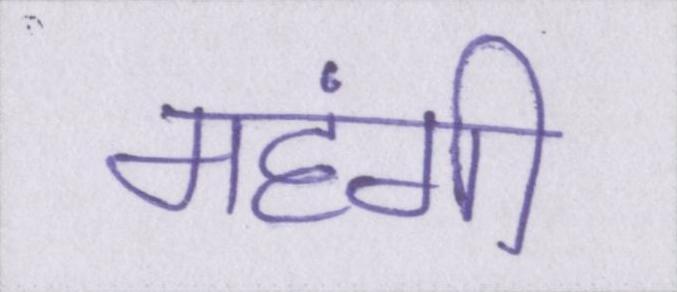
महंगी